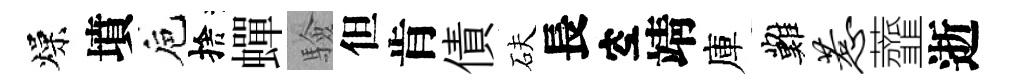
燥墳巵捨蟬驗但肯債砆長空靖庫難惹虀逝